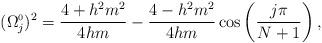
LaTeX: \begin{align*}(\Omega_{j}^{\scriptscriptstyle 0})^{2}=\frac{4+h^{2}m^{2}}{4hm}-\frac{4-h^{2}m^{2}}{4hm}\cos\left(\frac{j\pi}{N+1} \right),\end{align*}